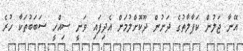
އޭނާ ޖަލުން ކަފާލާތުގެ ދަށުން ދޫކޮށްލުމަށް އެދިފައި ވަނީ ސިއްހީ ސަބަބުތަކާ ހުރެ